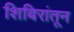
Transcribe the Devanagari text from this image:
शिबिरांतून